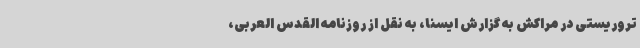
تروریستی در مراکش به گزارش ایسنا، به نقل از روزنامه القدس العربی،